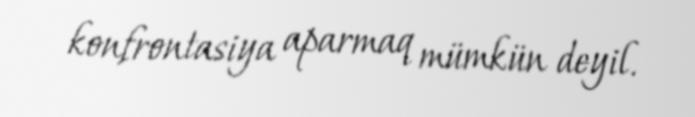
konfrontasiya aparmaq mümkün deyil.